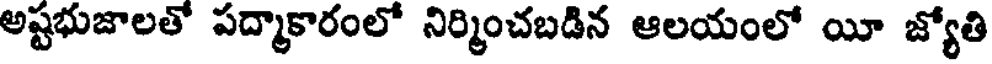
అష్టభుజాలతో పద్మాకారంలో నిర్మించబడిన ఆలయంలో యీ జ్యోతి